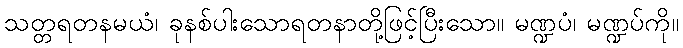
သတ္တရတနမယံ၊ ခုနစ်ပါးသောရတနာတို့ဖြင့်ပြီးသော။ မဏ္ဍပံ၊ မဏ္ဍပ်ကို။